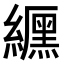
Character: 𮉐